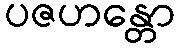
ပဇဟန္တော